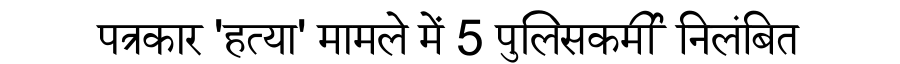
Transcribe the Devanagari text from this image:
पत्रकार 'हत्या' मामले में 5 पुलिसकर्मी निलंबित